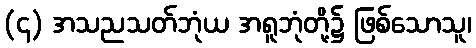
(၄) အသညသတ်ဘုံယ အရူဘုံတို့၌ ဖြစ်သောသူ၊